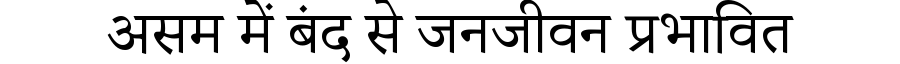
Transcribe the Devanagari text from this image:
असम में बंद से जनजीवन प्रभावित